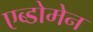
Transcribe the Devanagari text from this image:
एब्डोमेन